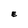
Character: E